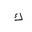
Letter: _kaf